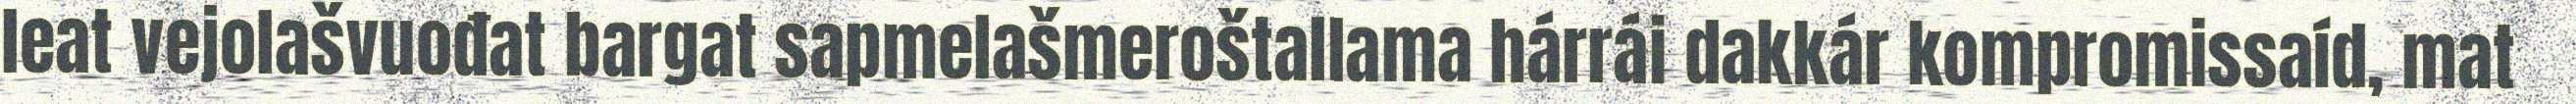
leat vejolašvuođat bargat sapmelašmeroštallama hárrái dakkár kompromissaíd, mat